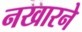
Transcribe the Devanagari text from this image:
नखारने